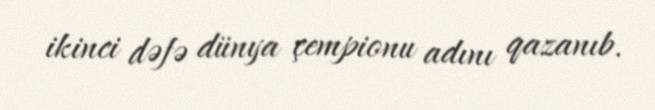
ikinci dəfə dünya çempionu adını qazanıb.